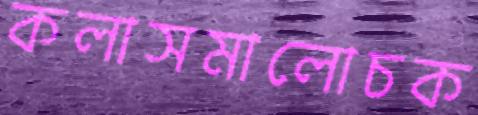
কলাসমালোচক